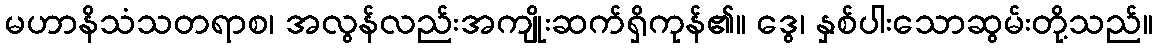
မဟာနိသံသတရာစ၊ အလွန်လည်းအကျိုးဆက်ရှိကုန်၏။ ဒွေ၊ နှစ်ပါးသောဆွမ်းတို့သည်။